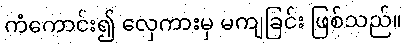
ကံကောင်း၍ လှေကားမှ မကျခြင်း ဖြစ်သည်။